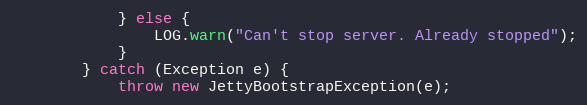
Language: Java
            } else {
                LOG.warn("Can't stop server. Already stopped");
            }
        } catch (Exception e) {
            throw new JettyBootstrapException(e);